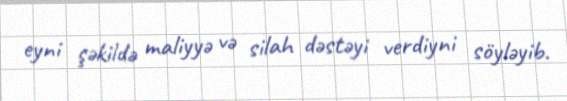
eyni şəkildə maliyyə və silah dəstəyi verdiyni söyləyib.